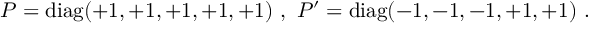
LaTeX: P = \mathrm { d i a g } ( + 1 , + 1 , + 1 , + 1 , + 1 ) ~ , ~ P ^ { \prime } = \mathrm { d i a g } ( - 1 , - 1 , - 1 , + 1 , + 1 ) ~ . ~ \,